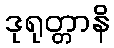
ဒုရုတ္တာနိ